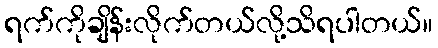
ရက်ကိုချိန်းလိုက်တယ်လို့သိရပါတယ်။